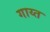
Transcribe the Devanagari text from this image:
गाय्त